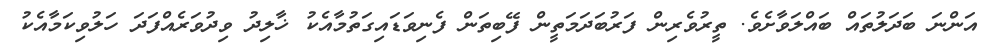
އަންނަ ބަދަލުތައް ބައްލަވާށެވެ. ތީރުވެރިން ފަރުބަދަމަތީން ފޭބިތަން ފެނިވަޑައިގަތުމާއެކު ޚާލިދު ވިދުވަރެއްފަދަ ހަލުވިކަމާއެކު